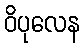
ဝိပုလေန